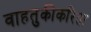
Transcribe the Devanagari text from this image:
वाहतुकीकरिता